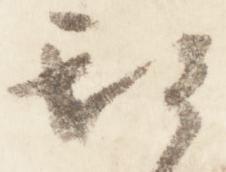
期